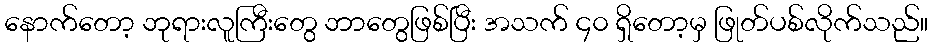
နောက်တော့ ဘုရားလူကြီးတွေ ဘာတွေဖြစ်ပြီး အသက် ၄၀ ရှိတော့မှ ဖြုတ်ပစ်လိုက်သည်။